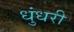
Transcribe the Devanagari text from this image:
धुंधरी